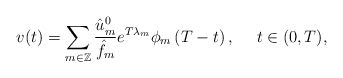
\begin{align*} v(t)=\sum_{m\in\mathbb{Z}}\frac{\hat{u}_{m}^{0}}{\hat{f}_m}e^{T\lambda_m}\phi_m\left(T-t\right),\ \ \ \ t\in(0,T),\end{align*}